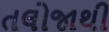
તલોજાથી